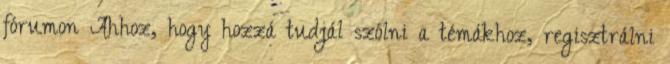
fórumon Ahhoz, hogy hozzá tudjál szólni a témákhoz, regisztrálni